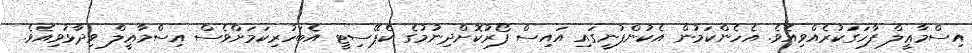
އިސްމާޢީލް ފާހަގަކުރެއްވިއެވެ. އެހެންކަމުން އެކުންފުނީގައި އައިސް ފޯރުކޮށްދިނުމުގެ ކެޕޭސިޓީ އެބަހުރިކަމަށްވެސް އިސްމާޢީލް ވިދާޅުވިއެވެ.